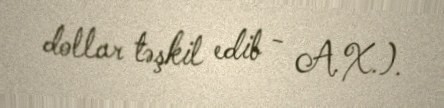
dollar təşkil edib - A.X.).